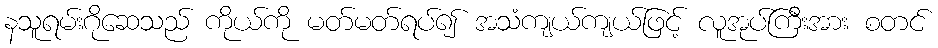
နသူရမ်းဂိုဆေသည် ကိုယ်ကို မတ်မတ်ရပ်၍ အသံကျယ်ကျယ်ဖြင့် လူအုပ်ကြီးအား စတင်